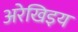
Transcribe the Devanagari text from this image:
अरेखिइय